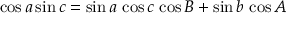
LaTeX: \cos a \sin c = \sin a \, \cos c \, \cos B + \sin b \, \cos A